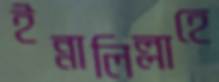
ইন্নালিল্লাহে